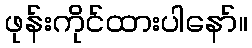
ဖုန်းကိုင်ထားပါနော်။